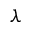
\lambda